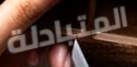
المتبادلة